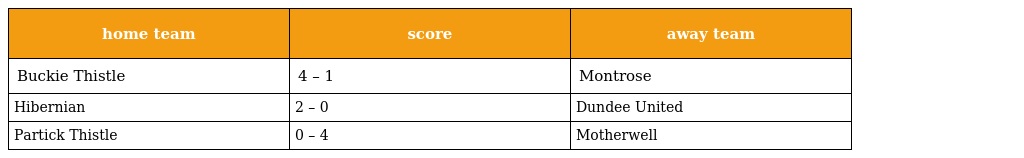
| home team | score | away team |
 | --- | --- | --- |
 | Buckie Thistle | 4 – 1 | Montrose |
 | Hibernian | 2 – 0 | Dundee United |
 | Partick Thistle | 0 – 4 | Motherwell |